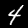
Label: 4